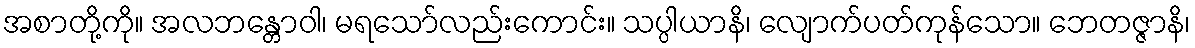
အစာတို့ကို။ အလဘန္တောဝါ၊ မရသော်လည်းကောင်း။ သပ္ပါယာနိ၊ လျောက်ပတ်ကုန်သော။ ဘေတဇ္ဇာနိ၊